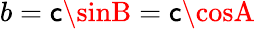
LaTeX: b=\mathsf{c}\sinB=\mathsf{c}\cosA